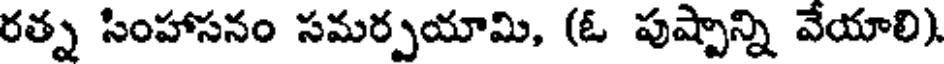
రత్న సింహాసనం సమర్పయామి, (ఓ పుష్పాన్ని వేయాలి).